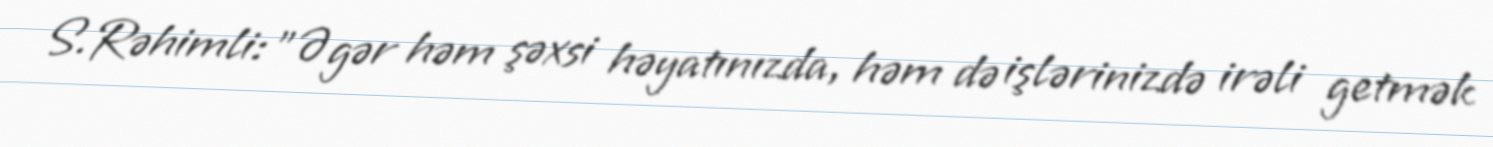
S.Rəhimli: ”Əgər həm şəxsi həyatınızda, həm də işlərinizdə irəli getmək